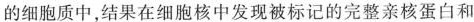
的细胞质中，结果在细胞核中发现被标记的完整亲核蛋白和